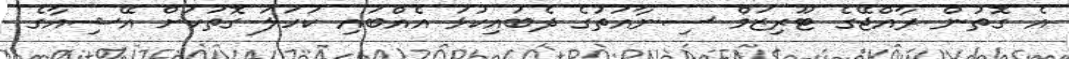
އެ ގޮތުން ރާއްޖޭގެ ޓޫރިޒަމް ސިނާއަތުގެ ދެބައިކުޅަ އެއްބައި ކަހަލަ ގޮތަކަށް އޭޝިއާގެ